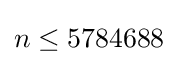
n\leq 5784688